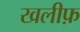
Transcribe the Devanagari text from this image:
खलीफ़